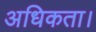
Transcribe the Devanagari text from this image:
अधिकता।